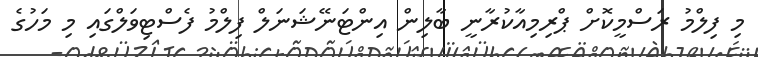
މި ފިލްމު ރަސްމީކޮށް ޕްރިމިއާކުރާނީ ބާލިން އިންޓަނޭޝަނަލް ފިލްމު ފެސްޓިވަލްގައި މި މަހުގެ